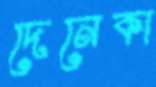
দেনেকা